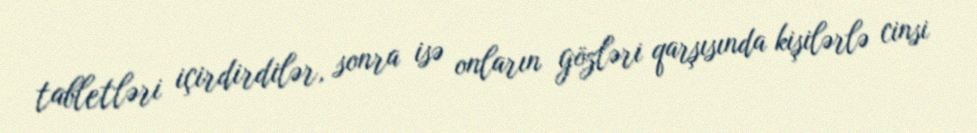
tabletləri içirdirdilər, sonra isə onların gözləri qarşısında kişilərlə cinsi